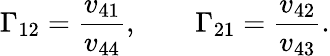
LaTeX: \Gamma_{12}=\frac{v_{41}}{v_{44}},\qquad\Gamma_{21}=\frac{v_{42}}{v_{43}}.